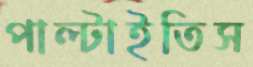
পাল্‌টাইতিস